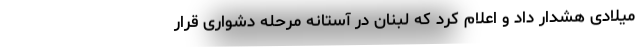
میلادی هشدار داد و اعلام کرد که لبنان در آستانه مرحله دشواری قرار